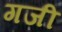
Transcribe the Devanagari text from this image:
गजी